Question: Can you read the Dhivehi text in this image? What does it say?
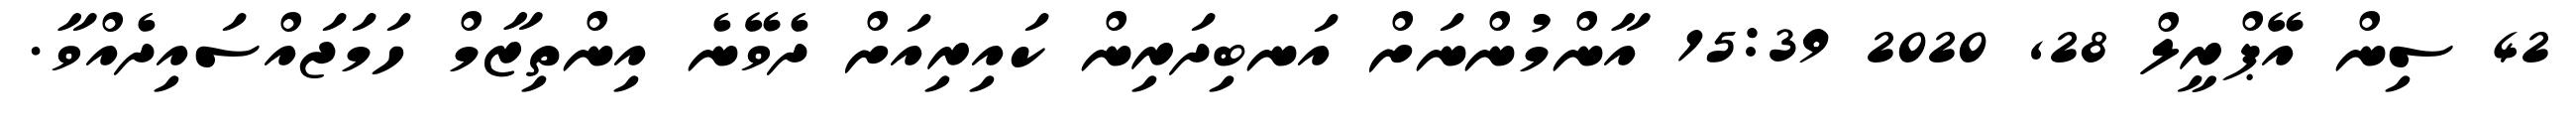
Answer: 42 ސިން އޭޕްރީލް 28, 2020 15:39 އާންމުންނަށް އަނބިދަރިން ކައިރިއަށް ދެވޭނެ އިންތިޒާމް ހަމަޖައްސައިދެއްވާ.